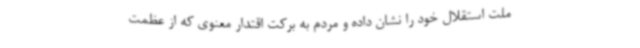
ملت استقلال خود را نشان داده و مردم به برکت اقتدار معنوی که از عظمت